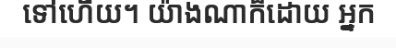
ទៅហើយ។ យ៉ាងណាក៏ដោយ អ្នក